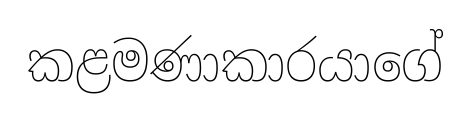
කළමණාකාරයාගේ